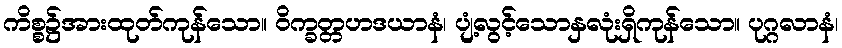
ကိစ္စ၌အားထုတ်ကုန်သော။ ဝိက္ခတ္တဟဒယာနံ၊ ပျံ့လွင့်သောနှလုံးရှိကုန်သော။ ပုဂ္ဂလာနံ၊